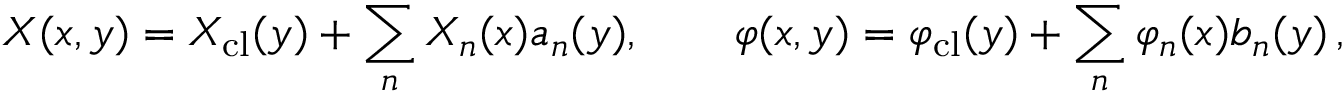
X ( x , y ) = X _ { \mathrm { c l } } ( y ) + \sum _ { n } X _ { n } ( x ) a _ { n } ( y ) , \qquad \varphi ( x , y ) = \varphi _ { \mathrm { c l } } ( y ) + \sum _ { n } \varphi _ { n } ( x ) b _ { n } ( y ) \, ,